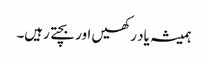
ہمیشہ یاد رکھیں اور بچتے رہیں۔